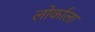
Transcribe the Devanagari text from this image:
लोर्काला